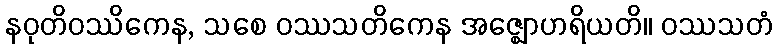
နဝုတိဝဿိကေန, သစေ ဝဿသတိကေန အဇ္ဈောဟရိယတိ။ ဝဿသတံ